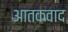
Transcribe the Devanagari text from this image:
आतकवाद